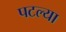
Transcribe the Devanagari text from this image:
पटल्या